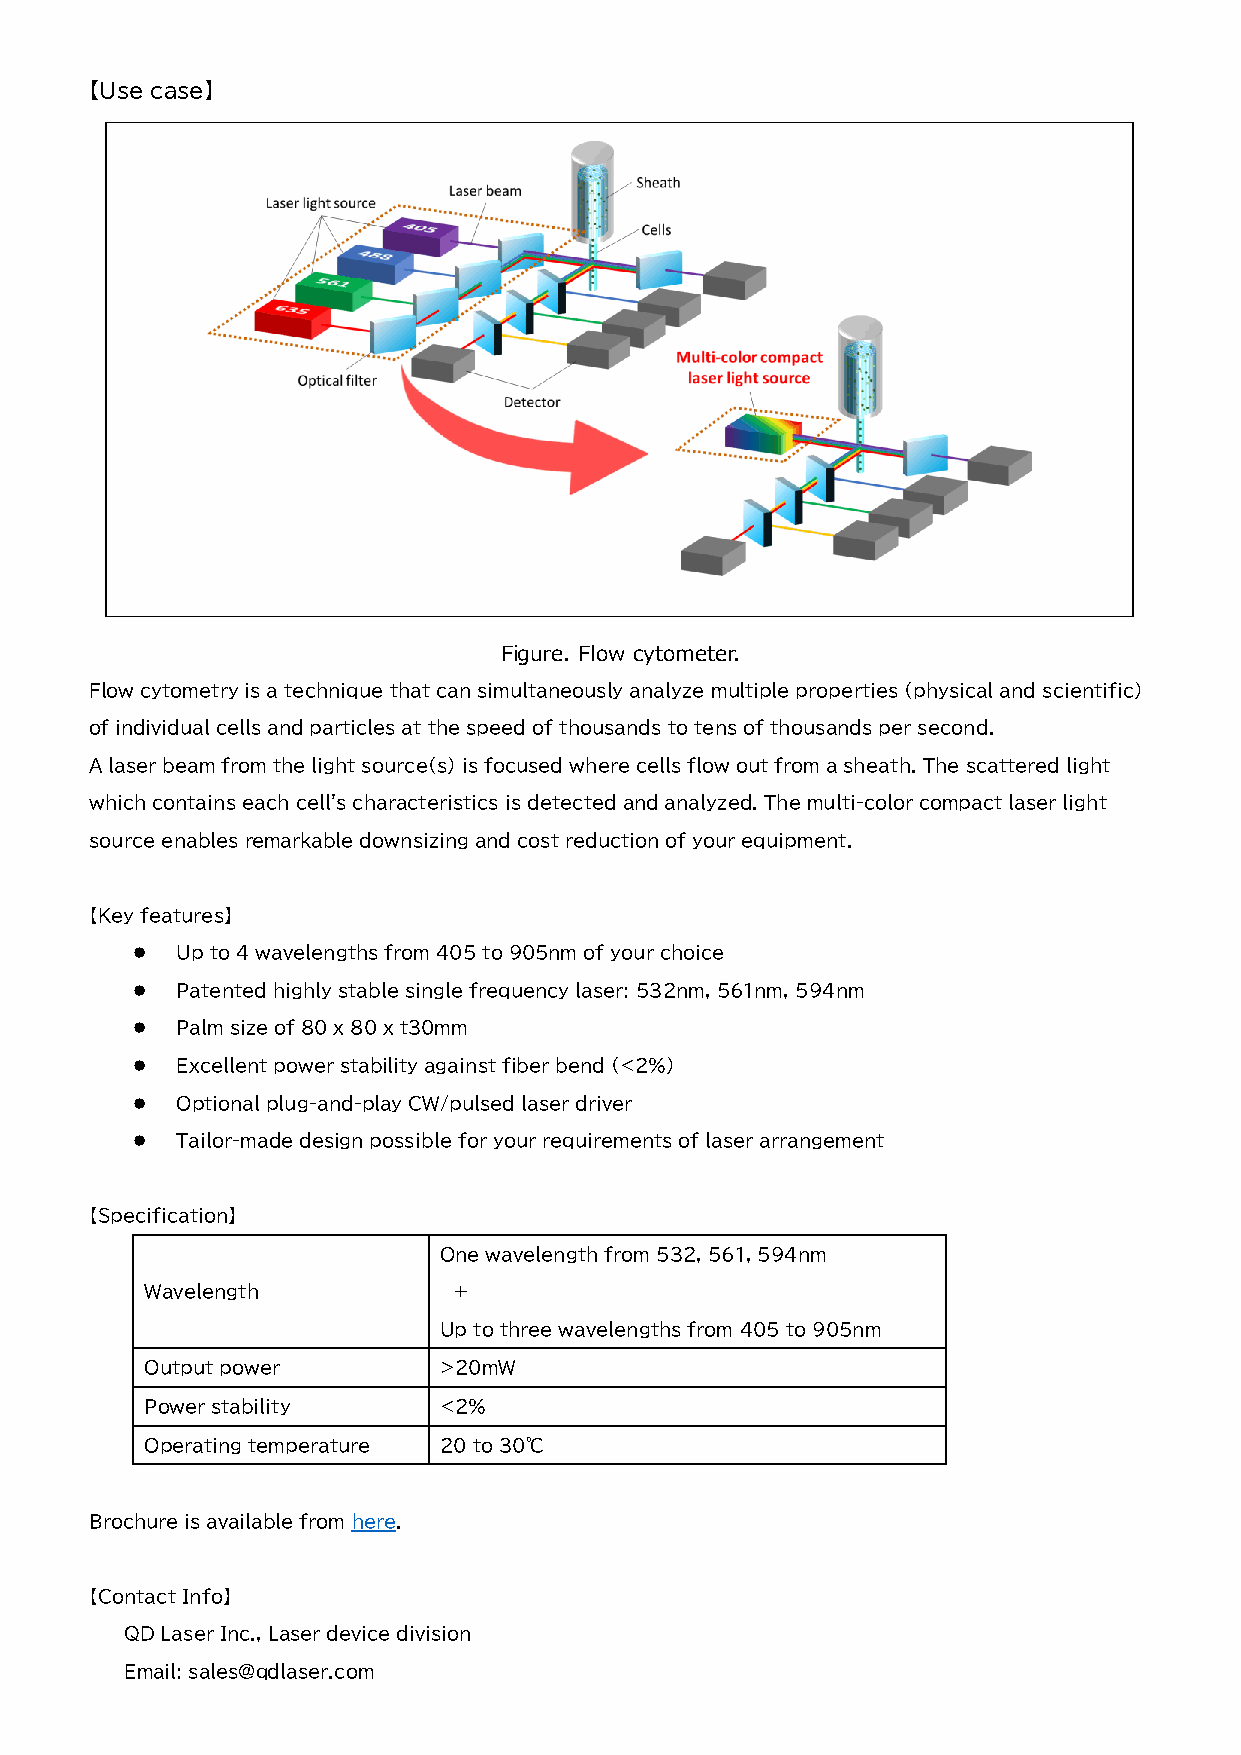
【Use case】
 Figure. Flow cytometer.
 Flow cytometry is a technique that can simultaneously analyze multiple properties (physical and scientific)
 of individual cells and particles at the speed of thousands to tens of thousands per second.
 A laser beam from the light source(s) is focused where cells flow out from a sheath. The scattered light
 which contains each cell's characteristics is detected and analyzed. The multi-color compact laser light
 source enables remarkable downsizing and cost reduction of your equipment.
 【Key features】
 ⚫  Up to 4 wavelengths from 405 to 905nm of your choice
 ⚫  Patented highly stable single frequency laser: 532nm, 561nm, 594nm
 ⚫  Palm size of 80 x 80 x t30mm
 ⚫  Excellent power stability against fiber bend (<2%)
 ⚫  Optional plug-and-play CW/pulsed laser driver
 ⚫  Tailor-made design possible for your requirements of laser arrangement
 【Specification】
 One wavelength from 532, 561, 594nm
 Wavelength          ＋
 Up to three wavelengths from 405 to 905nm
 Output power       >20mW
 Power stability    <2%
 Operating temperature 20 to 30℃
 Brochure is available from here.
 【Contact Info】
 QD Laser Inc., Laser device division
 Email: sales@qdlaser.com